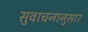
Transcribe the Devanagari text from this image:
सुवाचनानुसार